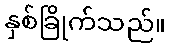
နှစ်ခြိုက်သည်။